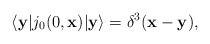
LaTeX: \begin{align*}\langle {\bf y}|j_0(0,{\bf x})|{\bf y}\rangle =\delta^3 ({\bf x}-{\bf y}) ,\end{align*}